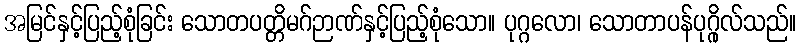
အမြင်နှင့်ပြည့်စုံခြင်း သောတပတ္တိမဂ်ဉာဏ်နှင့်ပြည့်စုံသော။ ပုဂ္ဂလော၊ သောတာပန်ပုဂ္ဂိုလ်သည်။